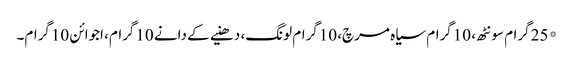
*25گرام سونٹھ، 10گرام سیاہ مرچ، 10گرام لونگ، دھنیے کے دانے 10گرام، اجوائن 10گرام۔